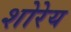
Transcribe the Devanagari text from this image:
शोरेय